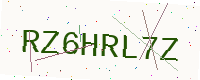
Text: RZ6HRL7Z